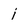
Character: j